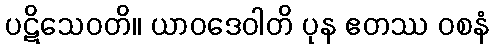
ပဋိသေဝတိ။ ယာဝဒေဝါတိ ပုန ဧတဿ ဝစနံ